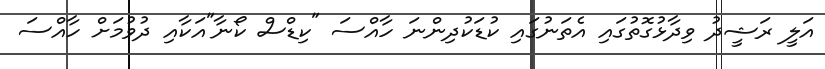
އަލީ ރަޝީދު ވިދާޅުގޮތުގައި އެތަނުގައި ކުޑަކުދިންނަ ހާއްސަ "ކިޑްސް ކޯނާ"އަކާއި ދުވުމަށް ހާއްސަ